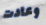
وعادت